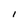
Character: I